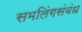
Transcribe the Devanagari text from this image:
समलिंगसंबंध